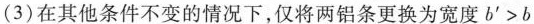
(3)在其他条件不变的情况下，仅将两铝条更换为宽度$$b ' > b$$